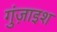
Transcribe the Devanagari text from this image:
गुंज़ाइश